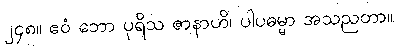
၂၄၈။ ဧဝံ ဘော ပုရိသ ဇာနာဟိ၊ ပါပဓမ္မာ အသညတာ။